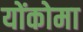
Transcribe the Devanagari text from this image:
योंकोमा